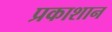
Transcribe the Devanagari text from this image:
प्रकाशान